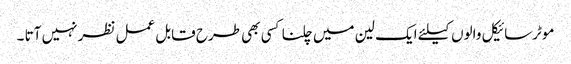
موٹرسائیکل والوں کیلئے ایک لین میں چلنا کسی بھی طرح قابل عمل نظر نہیں آتا ۔